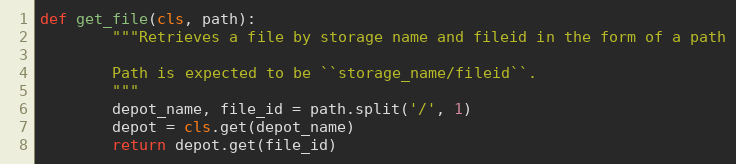
Language: Python
def get_file(cls, path):
        """Retrieves a file by storage name and fileid in the form of a path

        Path is expected to be ``storage_name/fileid``.
        """
        depot_name, file_id = path.split('/', 1)
        depot = cls.get(depot_name)
        return depot.get(file_id)